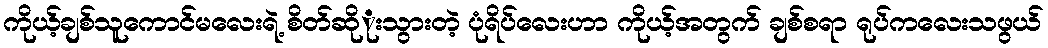
ကိုယ့်ချစ်သူကောင်မလေးရဲ့ စိတ်ဆိုုးသွားတဲ့ ပုံရိပ်လေးဟာ ကိုယ့်အတွက် ချစ်စရာ ရုပ်ကလေးသဖွယ်